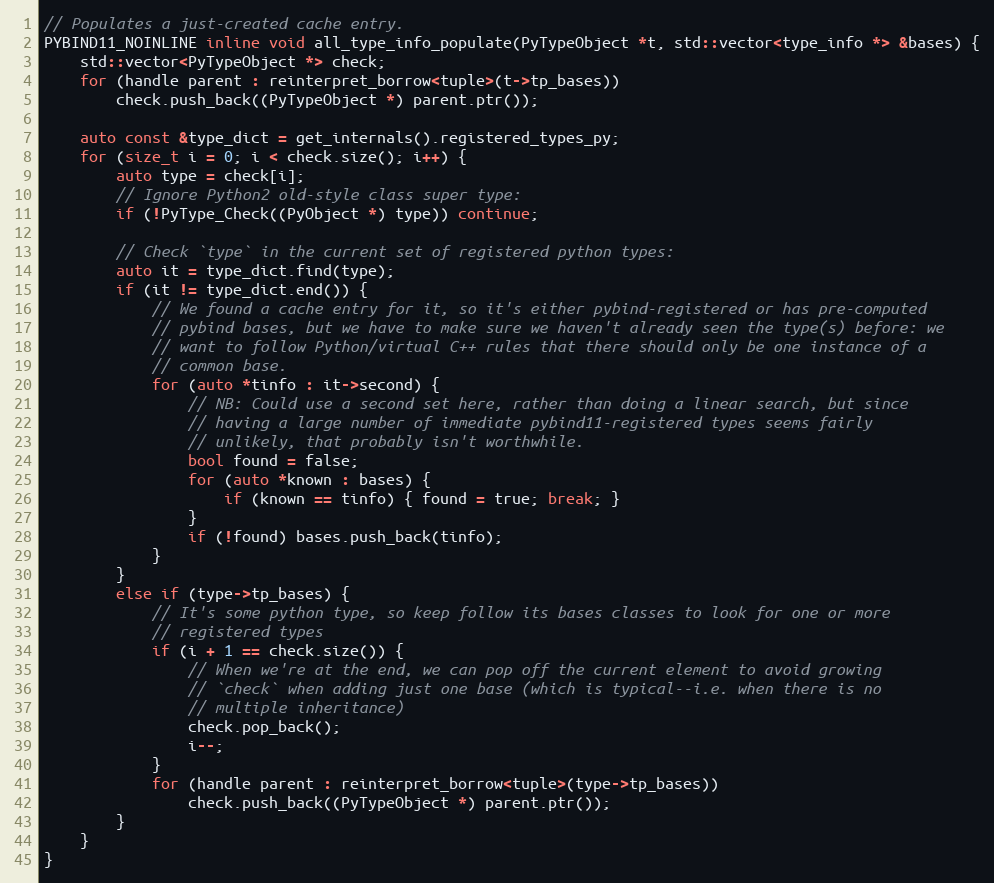
Language: C
// Populates a just-created cache entry.
PYBIND11_NOINLINE inline void all_type_info_populate(PyTypeObject *t, std::vector<type_info *> &bases) {
    std::vector<PyTypeObject *> check;
    for (handle parent : reinterpret_borrow<tuple>(t->tp_bases))
        check.push_back((PyTypeObject *) parent.ptr());

    auto const &type_dict = get_internals().registered_types_py;
    for (size_t i = 0; i < check.size(); i++) {
        auto type = check[i];
        // Ignore Python2 old-style class super type:
        if (!PyType_Check((PyObject *) type)) continue;

        // Check `type` in the current set of registered python types:
        auto it = type_dict.find(type);
        if (it != type_dict.end()) {
            // We found a cache entry for it, so it's either pybind-registered or has pre-computed
            // pybind bases, but we have to make sure we haven't already seen the type(s) before: we
            // want to follow Python/virtual C++ rules that there should only be one instance of a
            // common base.
            for (auto *tinfo : it->second) {
                // NB: Could use a second set here, rather than doing a linear search, but since
                // having a large number of immediate pybind11-registered types seems fairly
                // unlikely, that probably isn't worthwhile.
                bool found = false;
                for (auto *known : bases) {
                    if (known == tinfo) { found = true; break; }
                }
                if (!found) bases.push_back(tinfo);
            }
        }
        else if (type->tp_bases) {
            // It's some python type, so keep follow its bases classes to look for one or more
            // registered types
            if (i + 1 == check.size()) {
                // When we're at the end, we can pop off the current element to avoid growing
                // `check` when adding just one base (which is typical--i.e. when there is no
                // multiple inheritance)
                check.pop_back();
                i--;
            }
            for (handle parent : reinterpret_borrow<tuple>(type->tp_bases))
                check.push_back((PyTypeObject *) parent.ptr());
        }
    }
}